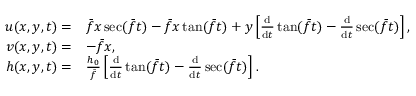
\begin{array} { r l } { u ( x , y , t ) = } & { \bar { f } x \sec ( \bar { f } t ) - \bar { f } x \tan ( \bar { f } t ) + y \left[ \frac { \mathrm { d } } { \mathrm { d } t } \tan ( \bar { f } t ) - \frac { \mathrm { d } } { \mathrm { d } t } \sec ( \bar { f } t ) \right] , } \\ { v ( x , y , t ) = } & { - \bar { f } x , } \\ { h ( x , y , t ) = } & { \frac { h _ { 0 } } { \bar { f } } \left[ \frac { \mathrm { d } } { \mathrm { d } t } \tan ( \bar { f } t ) - \frac { \mathrm { d } } { \mathrm { d } t } \sec ( \bar { f } t ) \right] . } \end{array}